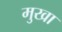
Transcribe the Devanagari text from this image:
मुखा